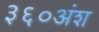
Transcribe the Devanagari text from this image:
३६०अंश